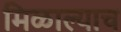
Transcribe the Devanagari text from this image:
मिळाल्याच